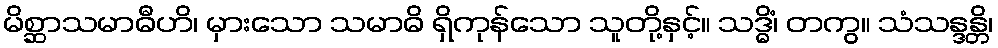
မိစ္ဆာသမာဓီဟိ၊ မှားသော သမာဓိ ရှိကုန်သော သူတို့နှင့်။ သဒ္ဓိံ၊ တကွ။ သံသန္ဒန္တိ၊